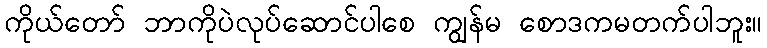
ကိုယ်တော် ဘာကိုပဲလုပ်ဆောင်ပါစေ ကျွန်မ စောဒကမတက်ပါဘူး။